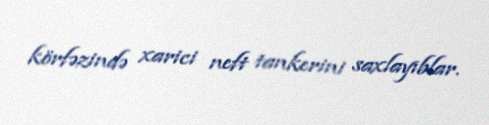
körfəzində xarici neft tankerini saxlayıblar.